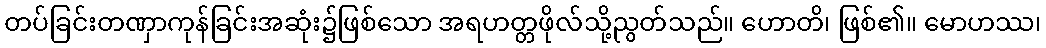
တပ်ခြင်းတဏှာကုန်ခြင်းအဆုံး၌ဖြစ်သော အရဟတ္တဖိုလ်သို့ညွတ်သည်။ ဟောတိ၊ ဖြစ်၏။ မောဟဿ၊